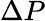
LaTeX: \Delta P